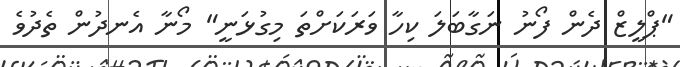
"ޕްލީޒް ދެން ފޯނު ނަގާބަލަ ކިހާ ވަރަކަށްތަ މިގުޅަނީ" މޯނާ އެނދުން ތެދުވެ